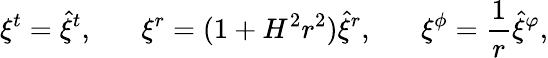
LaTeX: \xi^{t}=\hat{\xi}^{t},\; \; \; \; \; \; \xi^{r}=(1+H^{2}r^{2})\hat{\xi}^{r},\; \; \; \; \; \; \xi^{\phi}=\frac{1}{r}\hat{\xi}^{\varphi},